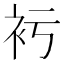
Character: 𧘚